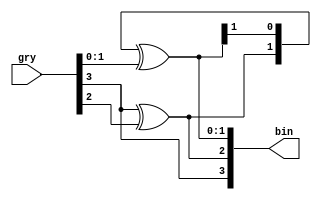
/*
  Parameterized Gray 2 Binary converter. 
*/ 

module gry2bin(/*AUTOARG*/
   // Outputs
   bin,
   // Inputs
   gry
   );

   parameter DW = 4; // Data Width

   output [DW-1:0]    bin; // Binary Input
   input [DW-1:0]   gry; // Gray Output

   assign bin = {gry[DW-1] , (gry[DW-1] ^ gry[DW-2]) , (bin[DW-2:1] ^ gry[DW-3:0])};

endmodule // gry2bin